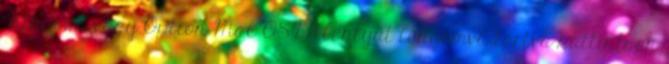
Windows vagy Option Mac OS billentyűt lenyomva tartva kattintson